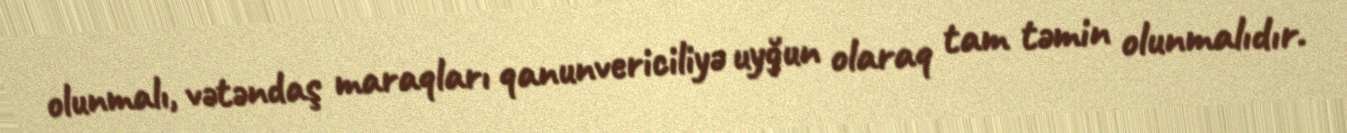
olunmalı, vətəndaş maraqları qanunvericiliyə uyğun olaraq tam təmin olunmalıdır.